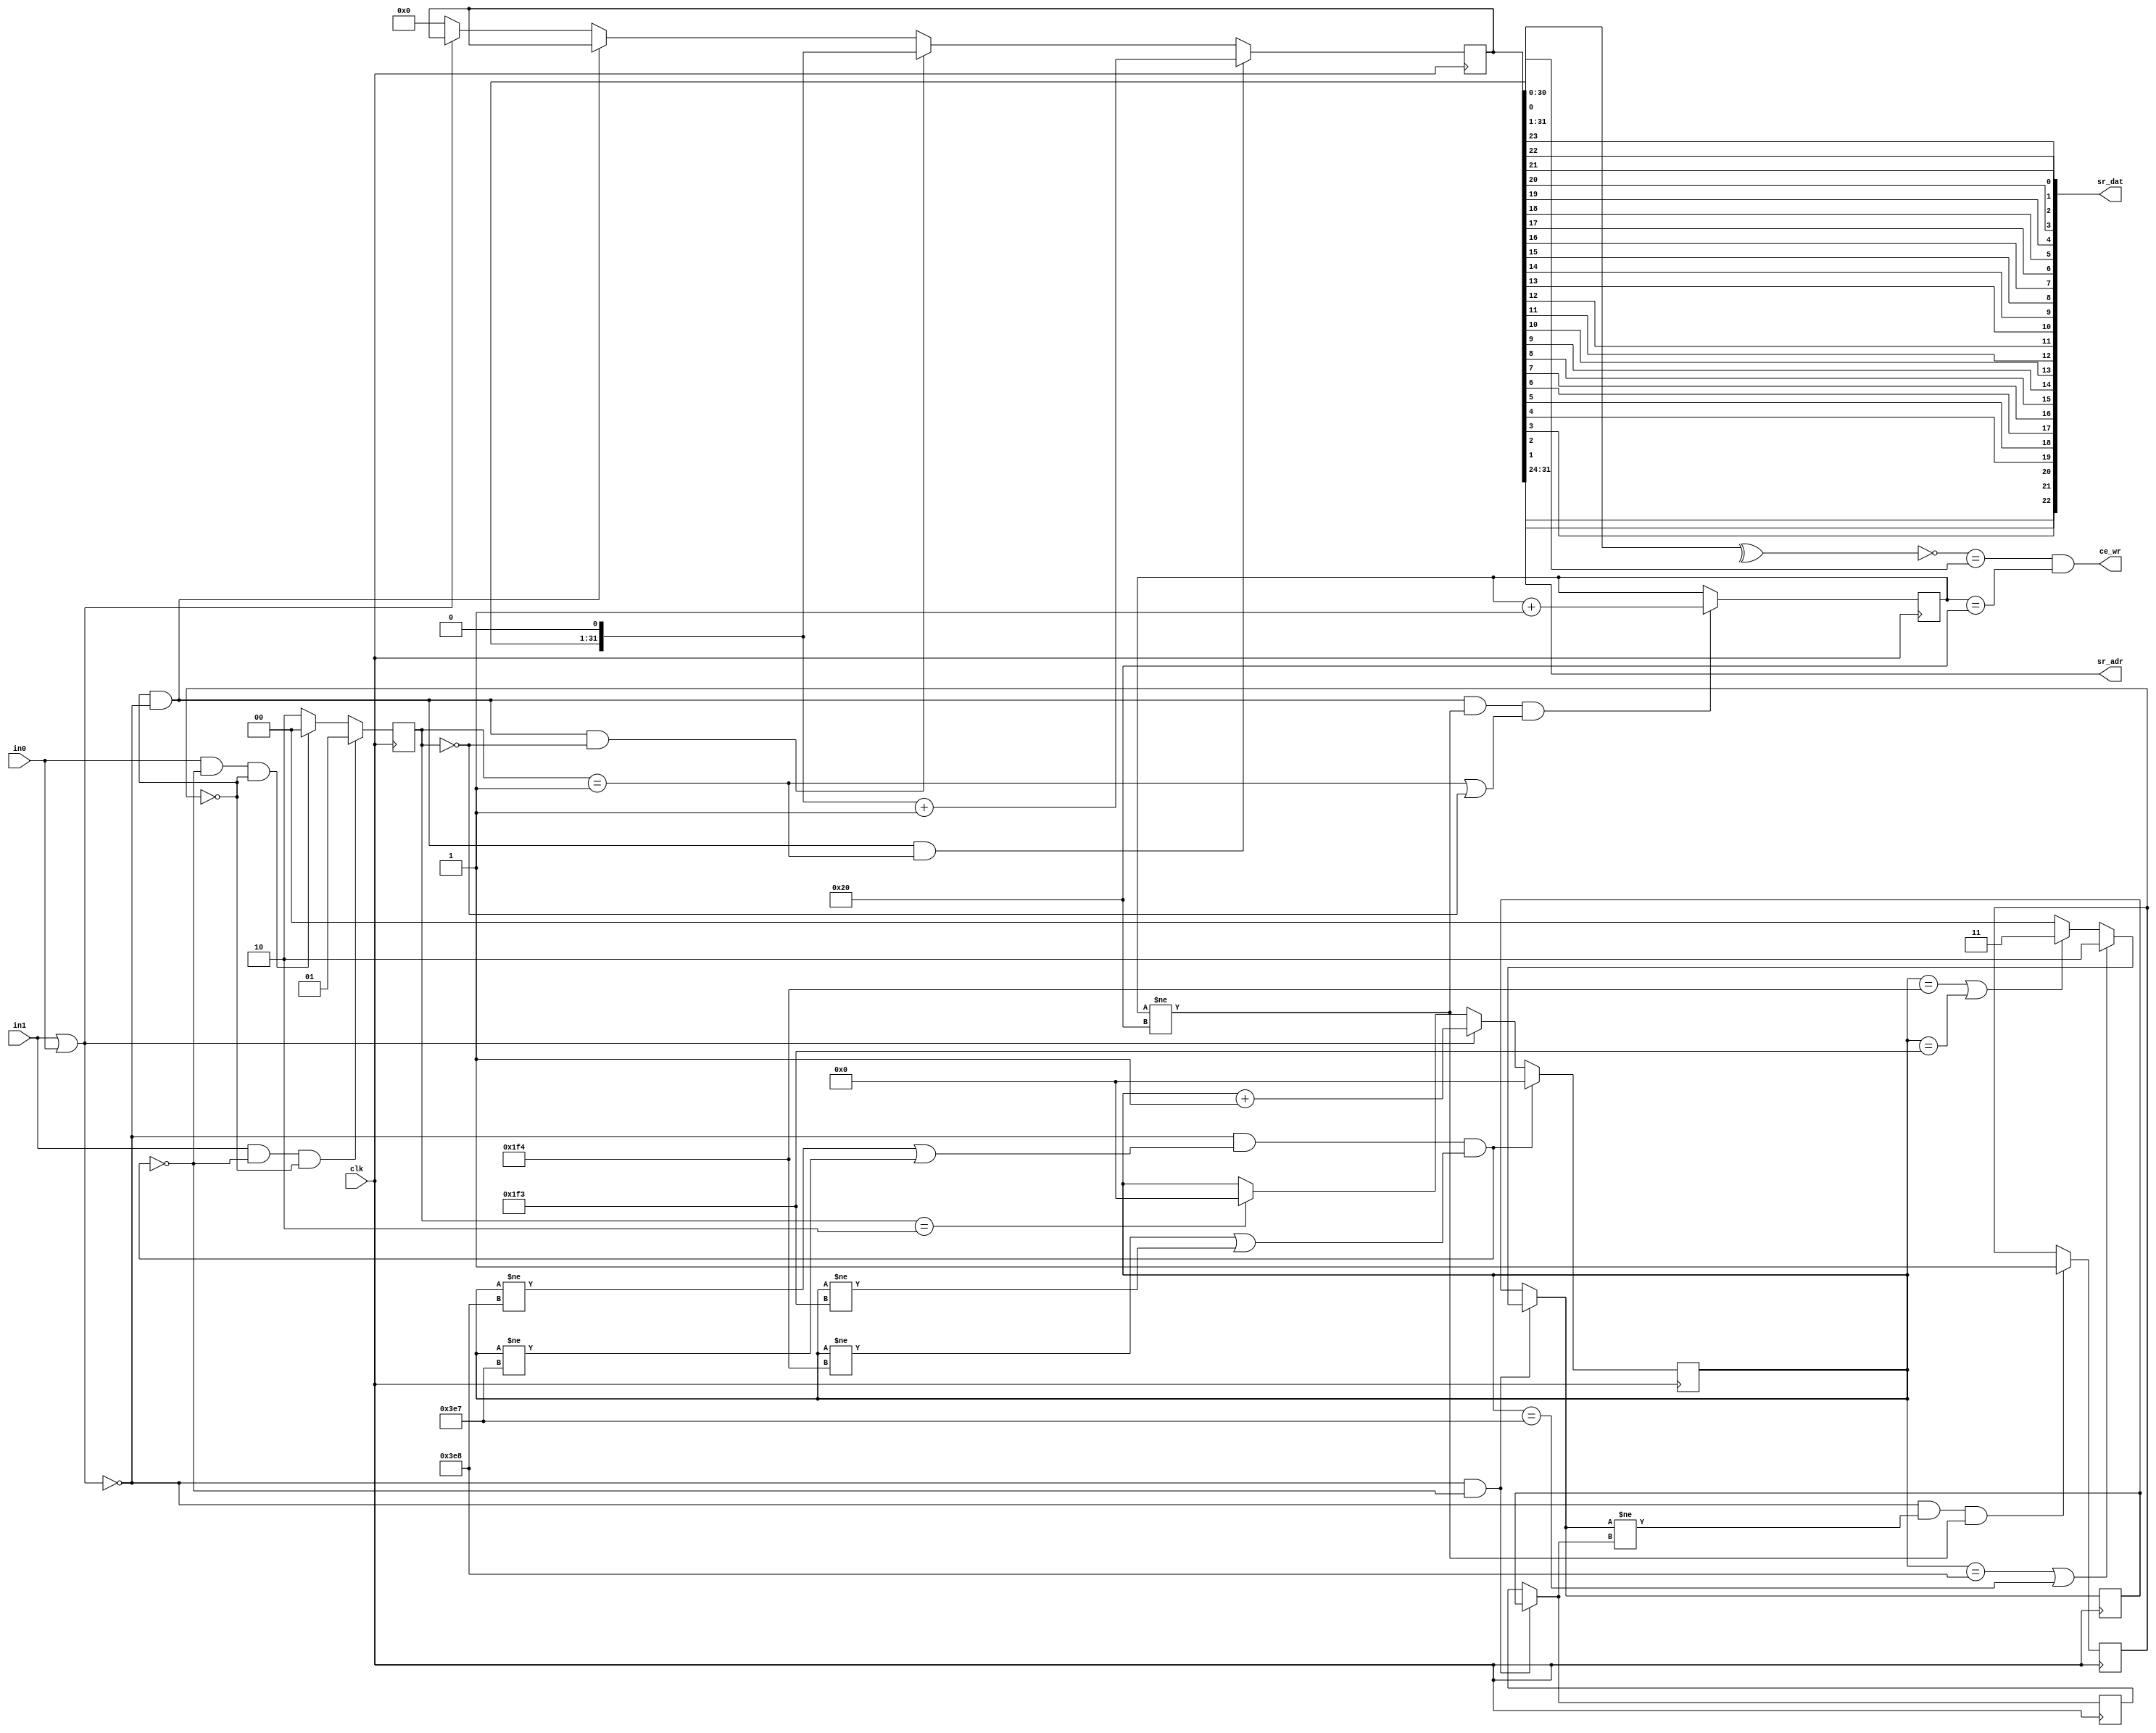
module AR_RXD(
    input clk,  
    input in0,  
    input in1,  
    output [22:0] sr_dat,  
    output [7:0]  sr_adr,  
    output ce_wr  
    );
        parameter Fclk = 50000000; 										
        parameter V100kb = 100000;                                         
        parameter V50kb = 50000;                                             
        parameter V12_5kb = 12500;                                         
        parameter m100kb = Fclk/V100kb;                                     
        parameter m50kb = Fclk/V50kb;
        parameter m12_5kb = Fclk/V12_5kb;
        reg [31:0]data = 0;                                                    
        reg [6:0] cb = 0;                                                     
        reg [10:0] cc = 0;                                                    
        reg [1:0] cur_mode = 0;                                                
        reg [1:0] prev_mode = 0;                                            
        reg [1:0] new_bit = 0;                                                
        reg [0:0] err = 0;
        genvar i;
         generate for (i = 23; i >= 1; i = i - 1)
           begin
               assign sr_dat[i-1] = data[24-i];
           end  
        endgenerate
        assign sr_adr = data[31:24];
        assign parity =^ data[31:1];                                        
        assign ce_wr = (!parity == data[0]) && (cb == 32);            
        assign sig = (in1 | in0);
        assign glitch = ((!sig) && ((cc != m12_5kb) || (cc != m12_5kb-1)) 
                                      && ((cc != m50kb) || (cc != m50kb-1)) 
                                      && ((cc != m100kb) || (cc != m100kb-1)));
        always @(posedge clk) begin
            if (!sig & !glitch) prev_mode = cur_mode;
            if (!sig & !glitch) cur_mode = ((cc == m12_5kb) || (cc == m12_5kb-1)) ? 1 :
                          ((cc == m50kb) || (cc == m50kb-1)) ? 2 :
                          ((cc == m100kb) || (cc == m100kb-1)) ? 3 :
                          0;
            if ((!sig) && (cur_mode != prev_mode) && (cb != 32)) err <= 1;
            data <= ((!err) && (!sig) && (new_bit == 1)) ? ((data << 1) + 1) :
                     ((!err) && (!sig) && (new_bit == 0)) ? (data << 1):
                     ((!err) && (!sig)) ? data:
                     (sig) ? data :
                     0;
            if ((!err) && (!sig) && (cb != 32) && ((new_bit == 1) ||(new_bit == 0))) 
                cb <= cb + 1;
            new_bit <= (in1 && !glitch && !err) ? 1 : (in0 && !glitch && !err) ? 0 : 2;
            if (new_bit == 2) cc <= 0;
            if (sig) cc <= cc + 1;
            if (glitch) cc <= 0;
        end
endmodule